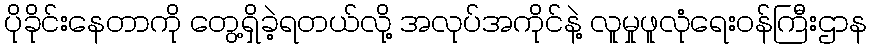
ပိုခိုင်းနေတာကို တွေ့ရှိခဲ့ရတယ်လို့ အလုပ်အကိုင်နဲ့ လူမှုဖူလုံရေးဝန်ကြီးဌာန